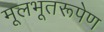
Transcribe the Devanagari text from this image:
मूलभूतरूपेण